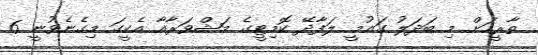
ތާރީހަށް މި ބަދަލު ގައުމީ ލަފާދޭ ކޮމިޓީގެ މަޝްވަރާއާ އެކީގަ މިގެނެވުނީ 6